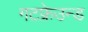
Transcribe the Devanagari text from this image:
गटफ्रेउन्ड